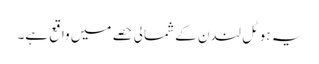
یہ ہوٹل لندن کے شمالی حصے میں واقع ہے۔